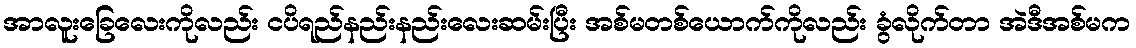
အာလူးခြေလေးကိုလည်း ငပိရည်နည်းနည်းလေးဆမ်းပြီး အစ်မတစ်ယောက်ကိုလည်း ခွံလိုက်တာ အဲဒီအစ်မက